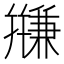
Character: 𱝀